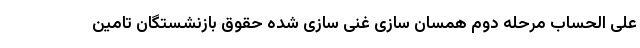
علی الحساب مرحله دوم همسان سازی غنی سازی شده حقوق بازنشستگان تامین